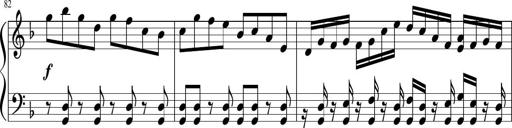
Title: Sonatina in F major
Composer: Ethan Ngo
Key: F major